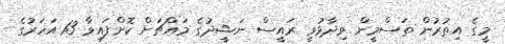
މީގެ އިތުރުން ތަސްމީން ވިދާޅުވީ ރައީސް ނަޝީދުގެ މައްޗަށް ކޮށްފައިވާ 13 އަހަރުގެ